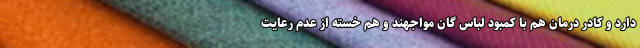
دارد و کادر درمان هم با کمبود لباس گان مواجهند و هم خسته از عدم رعایت